Report of the Municipal Commissioner on the plague in Bombay for the year ending 31st May... - Volume 3
Disease focus: Plague
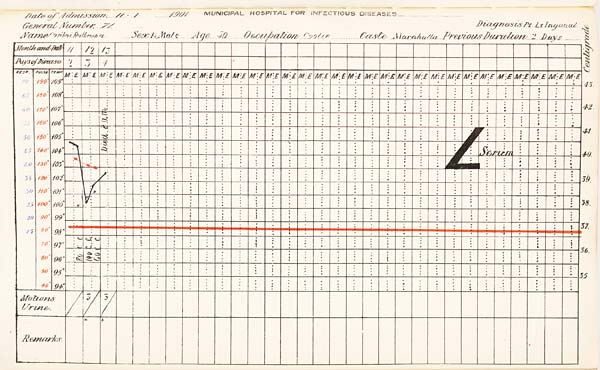
Date
of
Admission
1901
MUNICIPAL
HOSPITAL
FOR
INFECTIOUS
DISEASES.
General
Number
Diagnosis
Name
Sex
Age
Occupation
Caste
Previous
Duration